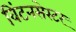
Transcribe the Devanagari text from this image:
विंटनसेस्टर